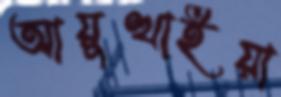
আয়ুত্থাইয়া